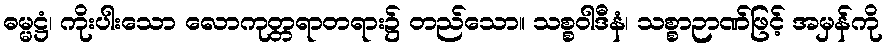
ဓမ္မဋ္ဌံ၊ ကိုးပါးသော လောကုတ္တရာတရား၌ တည်သော။ သစ္စဝါဒီနံ၊ သစ္စာဉာဏ်ဖြင့် အမှန်ကို